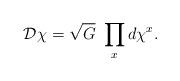
LaTeX: \begin{align*}{\cal D} \chi = \sqrt{G}\ \prod_x d\chi^x.\end{align*}